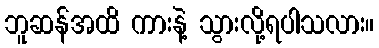
ဘူဆန်အထိ ကားနဲ့ သွားလို့ရပါသလား။